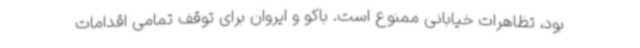
بود، تظاهرات خیابانی ممنوع است. باکو و ایروان برای توقف تمامی اقدامات